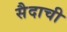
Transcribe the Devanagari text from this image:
सैदाची